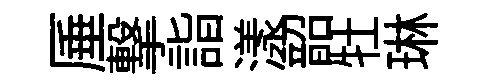
厜撃詣漾韶牡琳